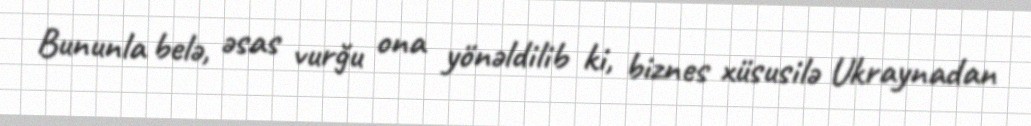
Bununla belə, əsas vurğu ona yönəldilib ki, biznes xüsusilə Ukraynadan